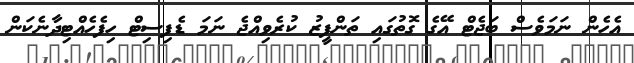
އެހެން ނަމަވެސް ބަޖެޓް އޭގެ ގޮތުގައި ތަންފީޒު ކުރެވިއްޖެ ނަމަ ޑެފިސިޓް ހިފެހެއްޓިދާނެކަން